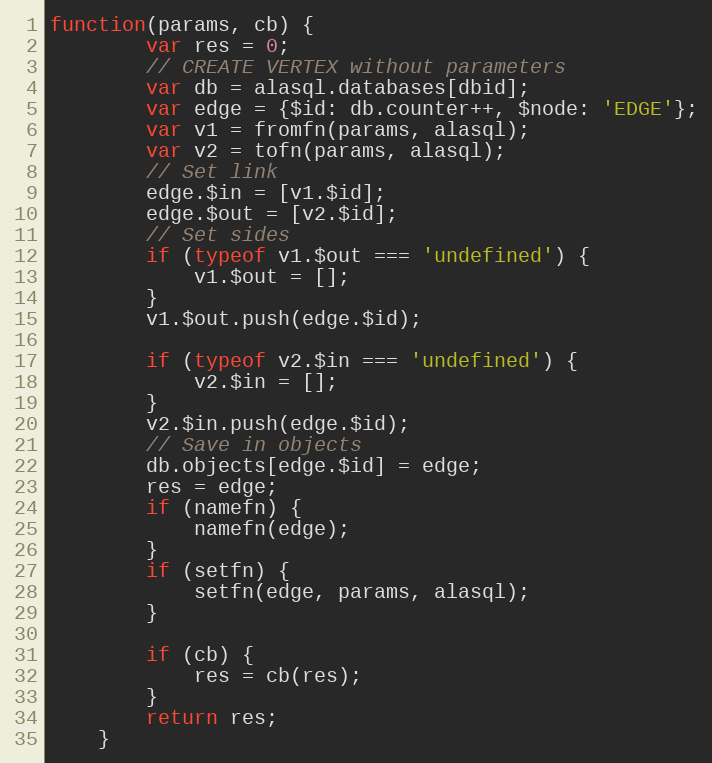
Language: JavaScript
function(params, cb) {
		var res = 0;
		// CREATE VERTEX without parameters
		var db = alasql.databases[dbid];
		var edge = {$id: db.counter++, $node: 'EDGE'};
		var v1 = fromfn(params, alasql);
		var v2 = tofn(params, alasql);
		// Set link
		edge.$in = [v1.$id];
		edge.$out = [v2.$id];
		// Set sides
		if (typeof v1.$out === 'undefined') {
			v1.$out = [];
		}
		v1.$out.push(edge.$id);

		if (typeof v2.$in === 'undefined') {
			v2.$in = [];
		}
		v2.$in.push(edge.$id);
		// Save in objects
		db.objects[edge.$id] = edge;
		res = edge;
		if (namefn) {
			namefn(edge);
		}
		if (setfn) {
			setfn(edge, params, alasql);
		}

		if (cb) {
			res = cb(res);
		}
		return res;
	}